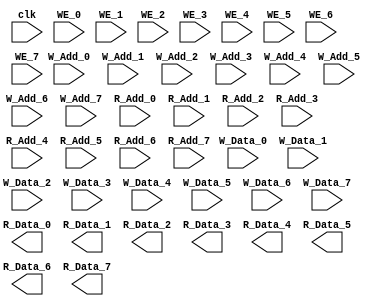
// cache_x xxcachepecache

//  0.1 vs 0.4 pe4*Data_Widthreg32word
// worddata + index
module cache_8 #(
  parameter Data_Width = 16,
  parameter Address_Width = 5
) (
  input clk,
  // write enable
  input WE_0, input WE_1, input WE_2, input WE_3,
  input WE_4, input WE_5, input WE_6, input WE_7,
  // write address
  input [Address_Width-1:0] W_Add_0, input [Address_Width-1:0] W_Add_1, 
  input [Address_Width-1:0] W_Add_2, input [Address_Width-1:0] W_Add_3, 
  input [Address_Width-1:0] W_Add_4, input [Address_Width-1:0] W_Add_5, 
  input [Address_Width-1:0] W_Add_6, input [Address_Width-1:0] W_Add_7,
  // read address
  input [Address_Width-1:0] R_Add_0, input [Address_Width-1:0] R_Add_1, 
  input [Address_Width-1:0] R_Add_2, input [Address_Width-1:0] R_Add_3, 
  input [Address_Width-1:0] R_Add_4, input [Address_Width-1:0] R_Add_5, 
  input [Address_Width-1:0] R_Add_6, input [Address_Width-1:0] R_Add_7, 
  // write data
  input [Data_Width-1:0] W_Data_0, input [Data_Width-1:0] W_Data_1, 
  input [Data_Width-1:0] W_Data_2, input [Data_Width-1:0] W_Data_3, 
  input [Data_Width-1:0] W_Data_4, input [Data_Width-1:0] W_Data_5, 
  input [Data_Width-1:0] W_Data_6, input [Data_Width-1:0] W_Data_7,
  // read data
  output reg [Data_Width-1:0] R_Data_0, output reg [Data_Width-1:0] R_Data_1, 
  output reg [Data_Width-1:0] R_Data_2, output reg [Data_Width-1:0] R_Data_3, 
  output reg [Data_Width-1:0] R_Data_4, output reg [Data_Width-1:0] R_Data_5, 
  output reg [Data_Width-1:0] R_Data_6, output reg [Data_Width-1:0] R_Data_7
);
  reg [Data_Width+Address_Width-1:0] ram [31:0];

  
endmodule


module brake_for_ #(
  parameter non = 1 
) (
  input clk
  , input [19:0] bit_mask
  , output [4:0] available_0
  , output [4:0] available_1
  , output [4:0] available_2
  , output [4:0] available_3
);
  integer i; // 0 ~ 19
  integer j; // 0 ~ 3
  reg [4:0] availables [3:0];
  always @(posedge clk) begin
    j = 3;
    for(i = 0; i<20; i=i+1) begin
      if(bit_mask[i] == 1) begin
        availables[j] = i; 
        j = j>0 ? j-1 : j;
        end end
  end
  assign available_0 = availables[0];
  assign available_1 = availables[1];
  assign available_2 = availables[2];
  assign available_3 = availables[3];
endmodule






module cache_4 #(
  parameter Data_Width = 16,
  parameter Address_Width = 5
) (
  input clk,
  // write enable
  input WE_0, input WE_1, input WE_2, input WE_3,
  input WE_4, input WE_5, input WE_6, input WE_7,
  // write address
  input [Address_Width-1:0] W_Add_0, input [Address_Width-1:0] W_Add_1, 
  input [Address_Width-1:0] W_Add_2, input [Address_Width-1:0] W_Add_3, 
  // read address
  input [Address_Width-1:0] R_Add_0, input [Address_Width-1:0] R_Add_1, 
  input [Address_Width-1:0] R_Add_2, input [Address_Width-1:0] R_Add_3, 
  // write data
  input [Data_Width-1:0] W_Data_0, input [Data_Width-1:0] W_Data_1, 
  input [Data_Width-1:0] W_Data_2, input [Data_Width-1:0] W_Data_3, 
  // read data
  output reg [Data_Width-1:0] R_Data_0, output reg [Data_Width-1:0] R_Data_1, 
  output reg [Data_Width-1:0] R_Data_2, output reg [Data_Width-1:0] R_Data_3
);
  reg [Data_Width+Address_Width-1:0] ram [31:0];
  // write
  always @(posedge clk ) begin
    if (WE_0) begin
      
    end    
  end
  
endmodule